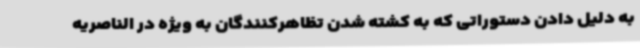
به دلیل دادن دستوراتی که به کشته شدن تظاهرکنندگان به ویژه در الناصریه